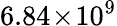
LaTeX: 6.84\! \times\! 10^{9}